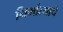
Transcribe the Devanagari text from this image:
निर्मात्याचे